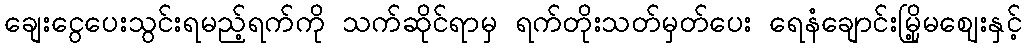
ချေးငွေပေးသွင်းရမည့်ရက်ကို သက်ဆိုင်ရာမှ ရက်တိုးသတ်မှတ်ပေး ရေနံချောင်းမြို့မဈေးနှင့်